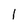
Character: 1